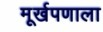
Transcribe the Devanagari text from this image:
मूर्खपणाला